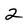
Character: 2